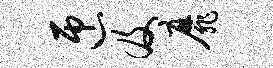
匝及靡